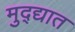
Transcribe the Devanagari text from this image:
मुद्द्यात